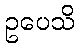
ဥပေသိ